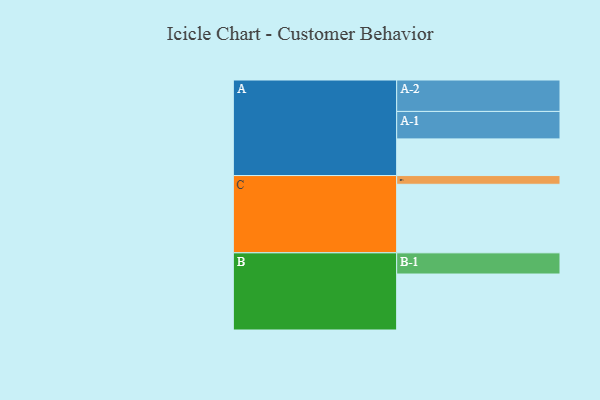
{"axis": {"x": "Segment", "y": "Value"}, "legend": ["", "A", "B", "C"], "data": [{"x": "A", "y": 315, "type": ""}, {"x": "B", "y": 481, "type": ""}, {"x": "C", "y": 589, "type": ""}, {"x": "A-1", "y": 236, "type": "A"}, {"x": "A-2", "y": 270, "type": "A"}, {"x": "B-1", "y": 182, "type": "B"}, {"x": "C-1", "y": 75, "type": "C"}]}